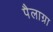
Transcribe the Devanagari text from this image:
पैलाग्रा